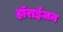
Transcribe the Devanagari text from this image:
हाॅराईज़न